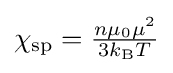
{\textstyle \chi _{\text{sp}}={\frac {n\mu _{0}\mu ^{2}}{3k_{\text{B}}T}}}